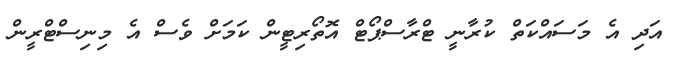
އަދި އެ މަސައްކަތް ކުރާނީ ޓްރާސްޕޯޓް އޮތޯރިޓީން ކަމަށް ވެސް އެ މިނިސްޓްރީން